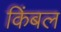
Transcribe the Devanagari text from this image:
किंबल